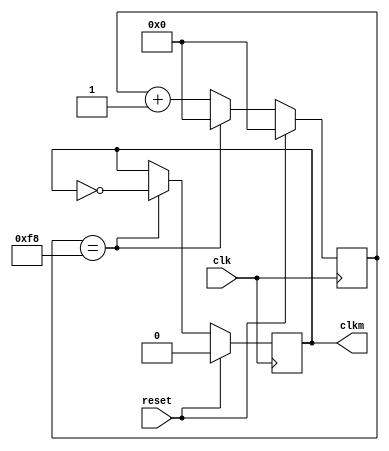
`timescale 1ns / 1ps
//////////////////////////////////////////////////////////////////////////////////
// Company: 
// Engineer: 
// 
// Design Name: 
// Module Name:    oscila_alarma 
// Project Name: 
// Target Devices: 
// Tool versions: 
// Description: 
//
// Dependencies: 
//
// Revision: 
// Revision 0.01 - File Created
// Additional Comments: 
//
//////////////////////////////////////////////////////////////////////////////////
module oscila_alarma(
  input wire clk,reset,
    output wire clkm
    );

   reg [7:0] conta;
	reg salida;
   
   always @(posedge clk)
      if (reset) begin
         conta <= 0;
			salida <=0; end
      else if (conta==8'd248) begin
         salida <= ~salida;
			conta <= 8'd0; end
		else
			conta <=conta+ 8'd1;
			
assign clkm = salida;

endmodule